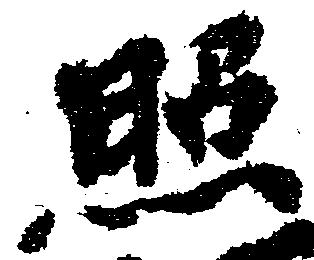
照